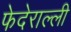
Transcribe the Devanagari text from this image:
फेदेराल्ली